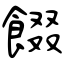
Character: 餟